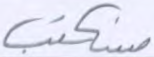
سنكتب